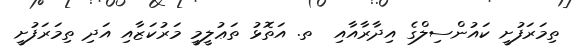
ތިމަރަފުށީ ކައުންސިލްގެ އިދާރާއާއި  ތ. އަތޮޅު ތަޢުލީމީ މަރުކަޒާއި އަދި ތިމަރަފުށީ